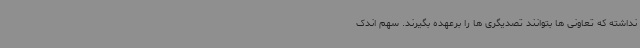
نداشته که تعاونی ها بتوانند تصدیگری ها را برعهده بگیرند. سهم اندک